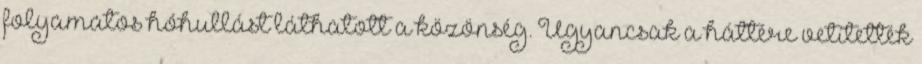
folyamatos hóhullást láthatott a közönség. Ugyancsak a háttére vetítették